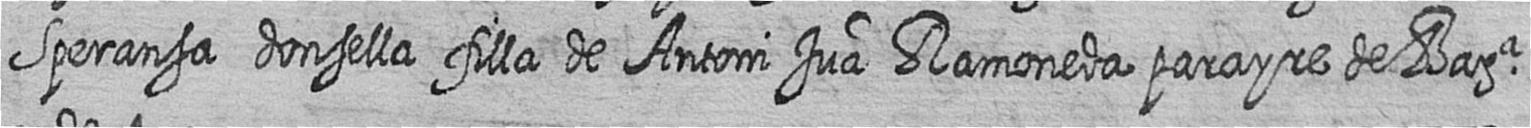
Speransa donsella filla de Antoni Jua Ramoneda parayre de Bara